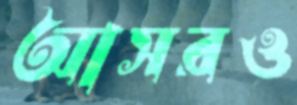
আসরও